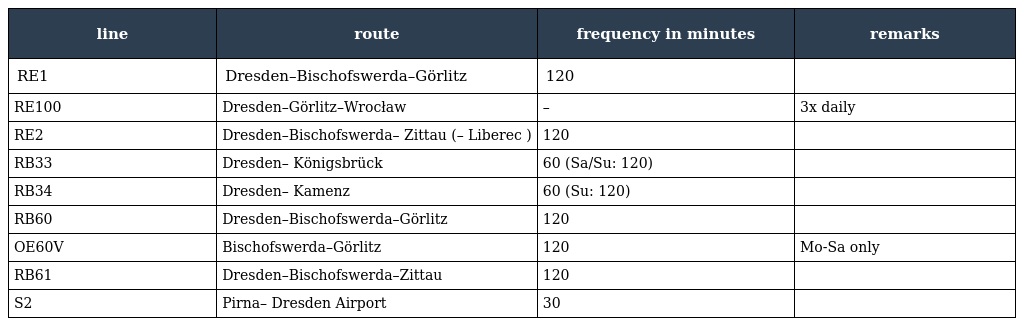
| line | route | frequency in minutes | remarks |
 | --- | --- | --- | --- |
 | RE1 | Dresden–Bischofswerda–Görlitz | 120 |  |
 | RE100 | Dresden–Görlitz–Wrocław | – | 3x daily |
 | RE2 | Dresden–Bischofswerda– Zittau (– Liberec ) | 120 |  |
 | RB33 | Dresden– Königsbrück | 60 (Sa/Su: 120) |  |
 | RB34 | Dresden– Kamenz | 60 (Su: 120) |  |
 | RB60 | Dresden–Bischofswerda–Görlitz | 120 |  |
 | OE60V | Bischofswerda–Görlitz | 120 | Mo-Sa only |
 | RB61 | Dresden–Bischofswerda–Zittau | 120 |  |
 | S2 | Pirna– Dresden Airport | 30 |  |